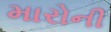
મારોની